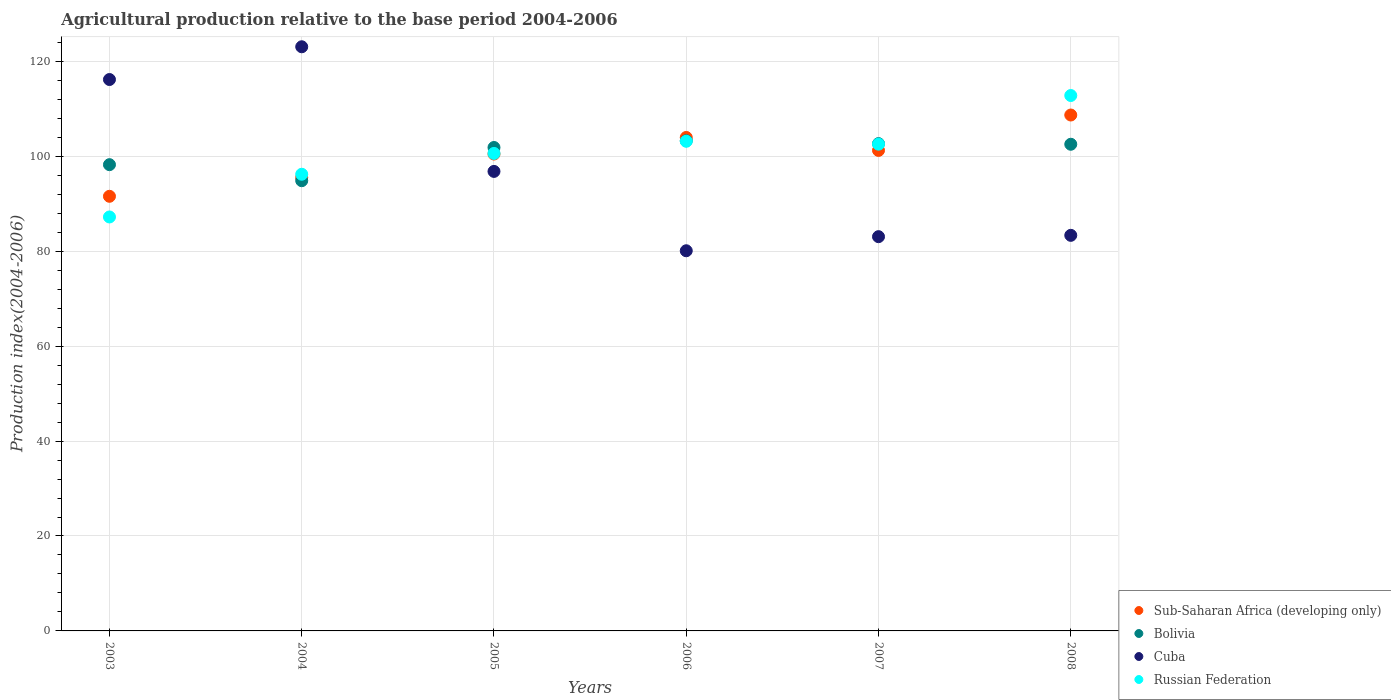
| Years | Sub-Saharan Africa (developing only) | Bolivia | Cuba | Russian Federation |
 | --- | --- | --- | --- | --- |
 | 2003 | 91.6 | 98.2 | 116 | 87.2 |
 | 2004 | 95.5 | 94.9 | 123 | 96.2 |
 | 2005 | 100 | 102 | 96.8 | 101 |
 | 2006 | 104 | 103 | 80.1 | 103 |
 | 2007 | 101 | 103 | 83.1 | 103 |
 | 2008 | 109 | 103 | 83.3 | 113 |